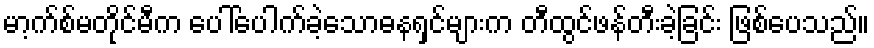
မာ့က်စ်မတိုင်မီက ပေါ်ပေါက်ခဲ့သောဓနရှင်များက တီထွင်ဖန်တီးခဲ့ခြင်း ဖြစ်ပေသည်။